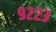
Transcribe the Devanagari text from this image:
९२२३